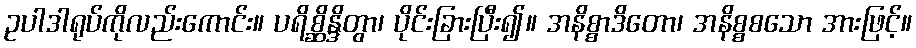
ဥပါဒါရုပ်ကိုလည်းကောင်း။ ပရိစ္ဆိန္ဒိတွာ၊ ပိုင်းခြားပြီး၍။ အနိစ္စာဒိတော၊ အနိစ္စစသော အားဖြင့်။